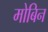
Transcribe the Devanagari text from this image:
मोबिन